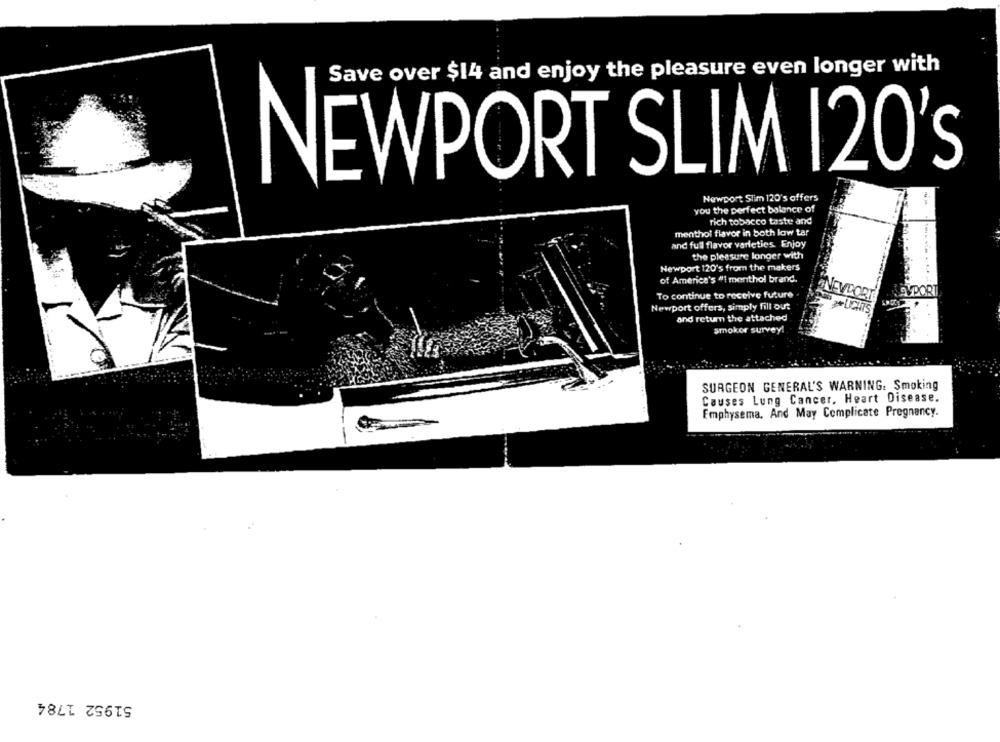
Save over $14 and enjoy the pleasure even longer with
NEWPORT SLIM 120's
Newport Stim 120's offers
you the perfect balance of
rich tobacco taste and
menthol flavor in both low tar
and full flavor varleties. Enjoy
the pleasure longer with
Newport 120's from the makers
of America's #1 menthol brand.
To continue to receive future
NEVDO
Newport offers, simply fill out
and return the attached
smoker survey!
SURGEON GENERAL'S WARNING: Smoking
Causes Lung Cancer, Heart Disease.
Emphysema, And May Complicate Pregnancy.
51952 1784